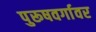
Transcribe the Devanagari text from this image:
पुरूषवर्गावर